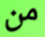
من